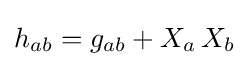
h_{ab}=g_{ab}+X_{a}\,X_{b}